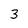
Character: 3